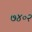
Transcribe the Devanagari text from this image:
७४०२